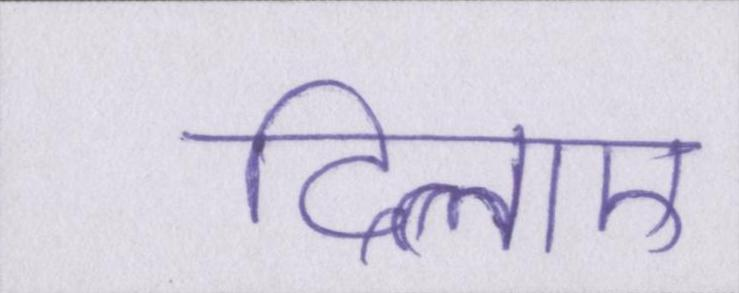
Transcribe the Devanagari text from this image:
दिलाए